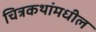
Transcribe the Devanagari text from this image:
चित्रकथांमधील